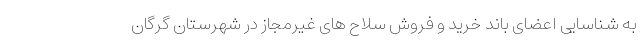
به شناسایی اعضای باند خرید و فروش سلاح های غیرمجاز در شهرستان گرگان